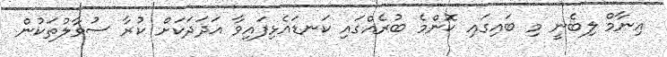
އިނާމް ލިބެނީ މި ބައިގައި ކޮންމެ ބުރެއްގައި ކަނޑައެޅިފައިވާ އަދަދަކަށް ކުރާ ސުވާލުތަކުން